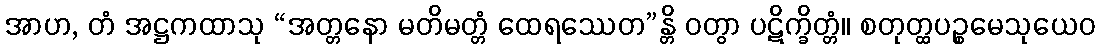
အာဟ, တံ အဋ္ဌကထာသု “အတ္တနော မတိမတ္တံ ထေရဿေတ”န္တိ ဝတွာ ပဋိက္ခိတ္တံ။ စတုတ္ထပဉ္စမေသုယေဝ